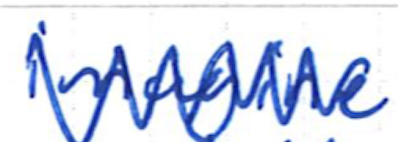
Text: imagine
Cross-out: zig-zag
Writing tool: ballpoint